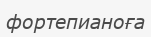
фортепианоға